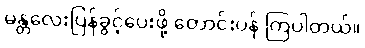
မန္တလေးပြန်ခွင့်ပေးဖို့ တောင်းပန် ကြပါတယ်။